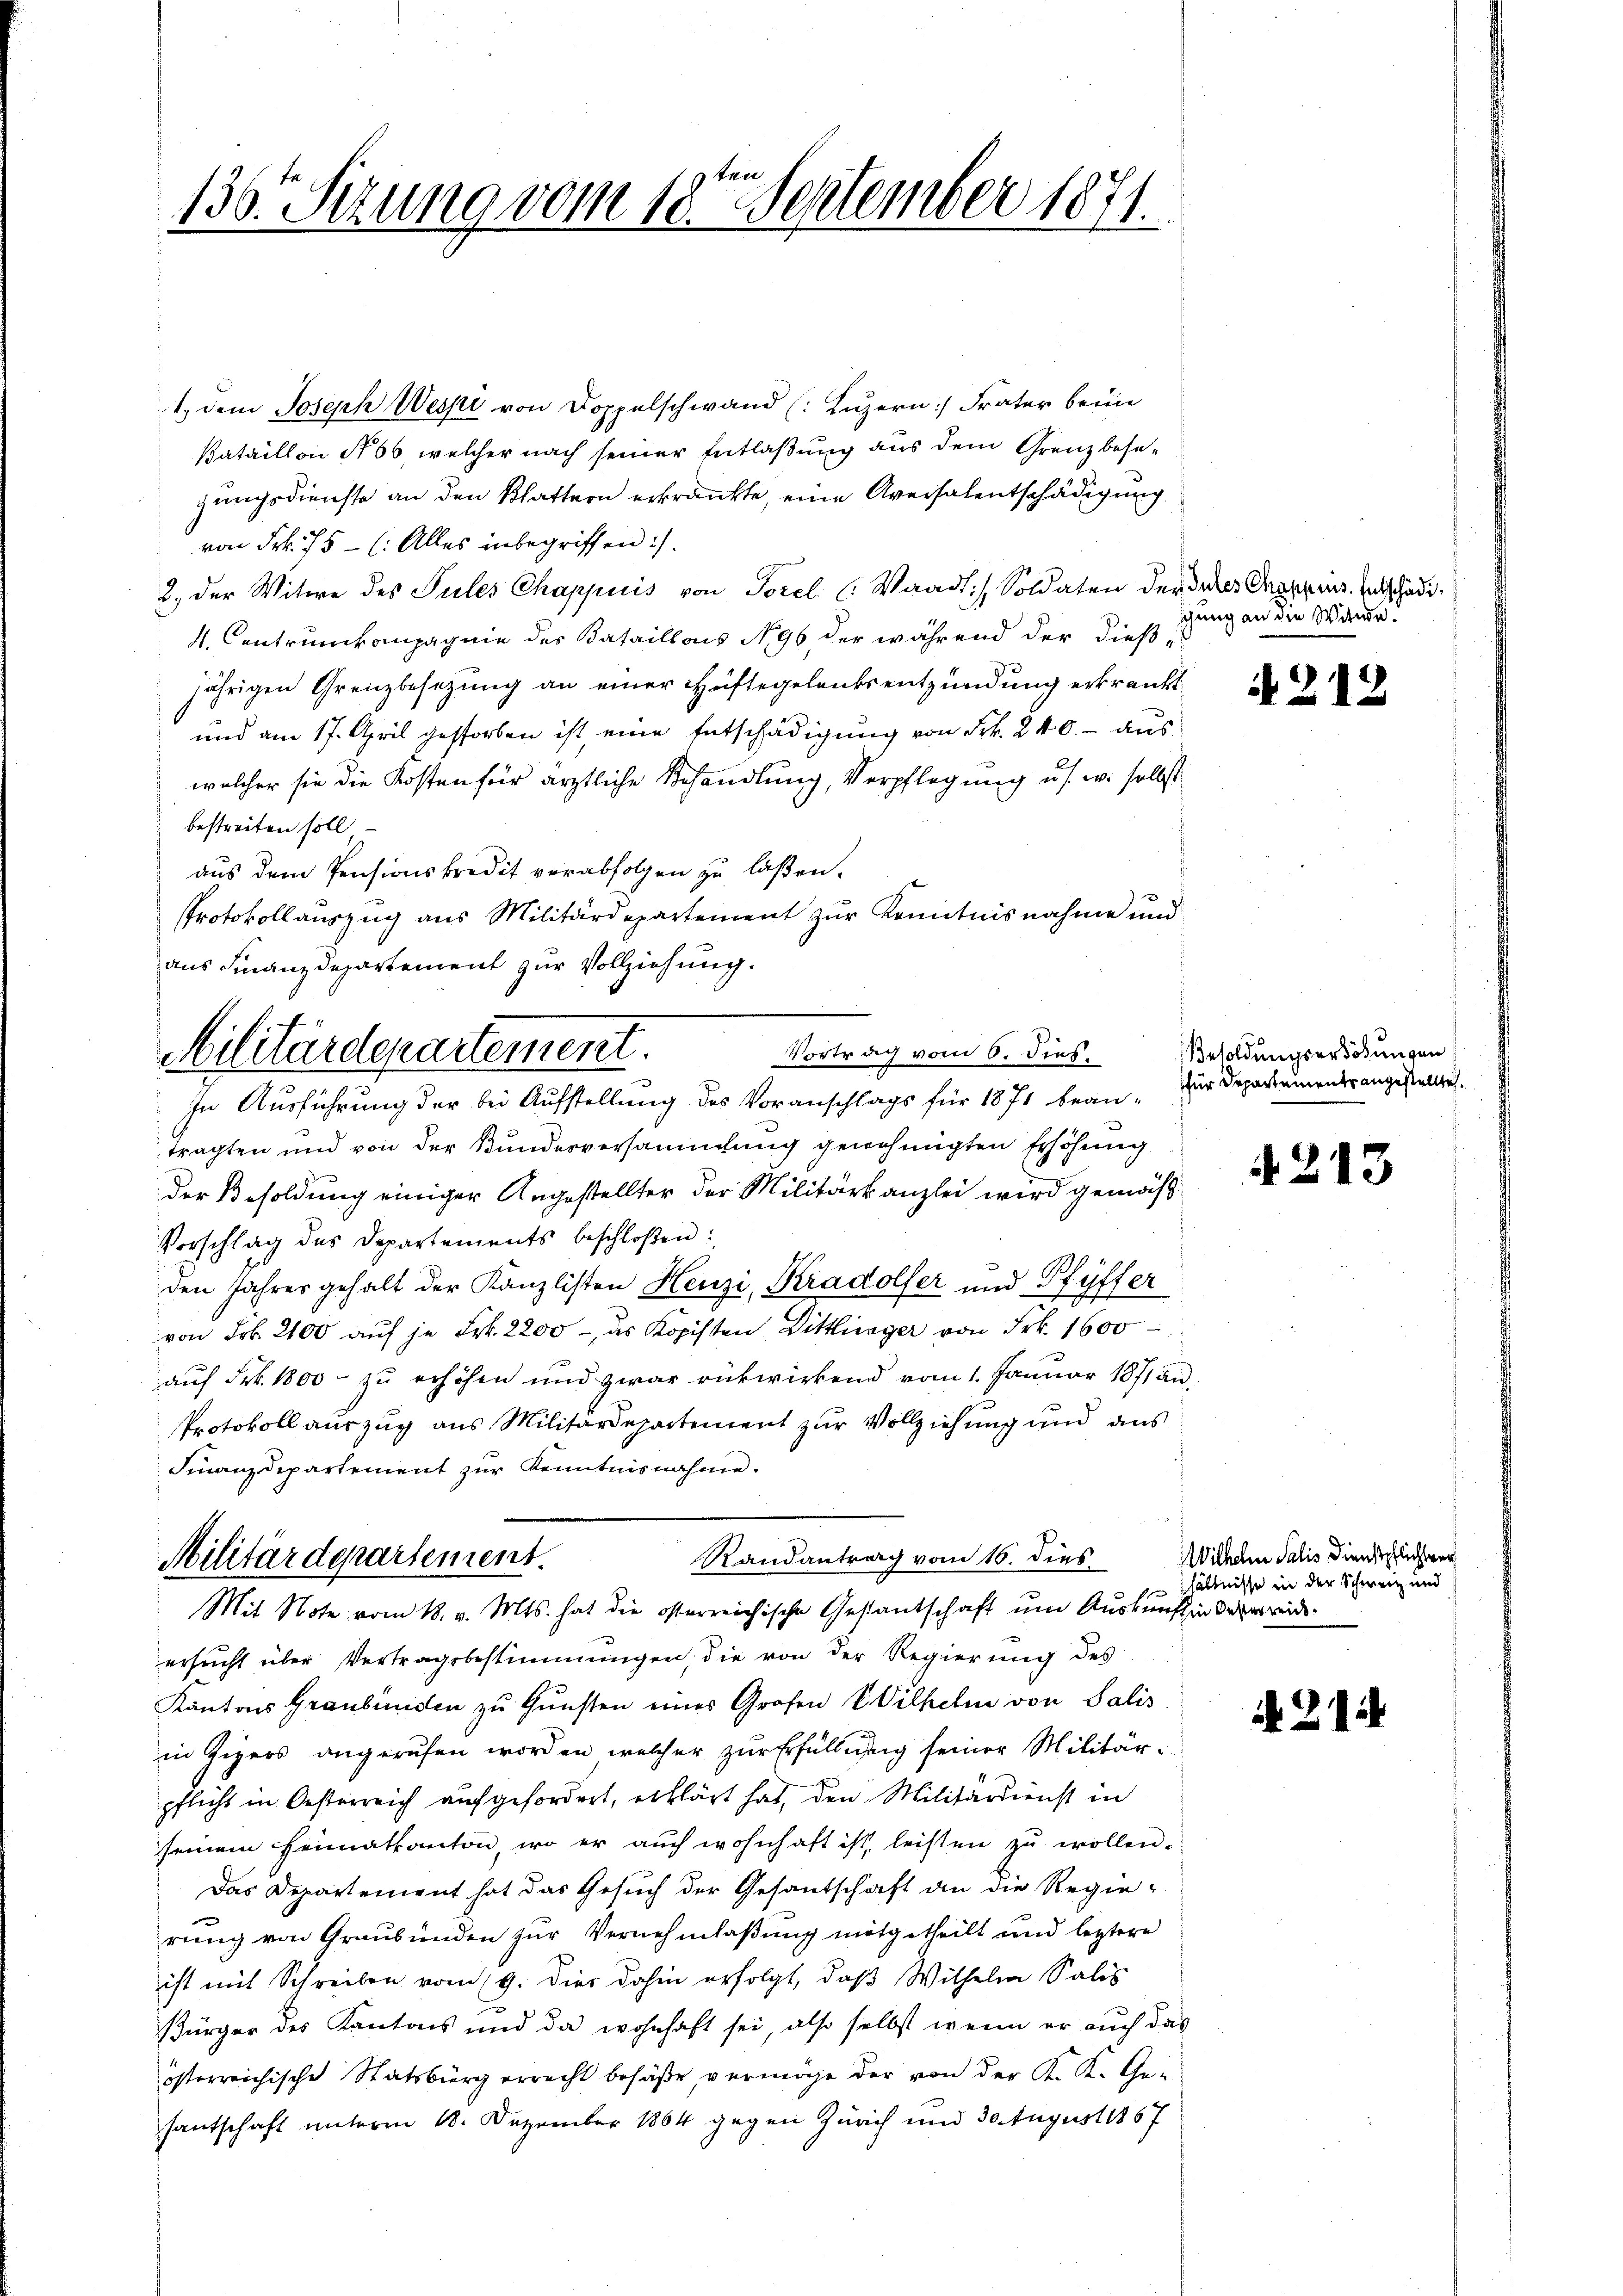
136. Sizung vom 18ten September 1871.

1. dem Joseph Wespi von Doppelschwand (Luzern: Frater beim
Bataillon § 66, welcher nach seiner Entlaßung aus dem Grenzbesezungsdienste an den Blattern erkränkte, eine Aversalentschädigung
von Frk. 75 - (: Alles inbegriffen).
2. der Witwe des Pules Chappuis von Torel ( Waadt: Soldaten der Intes Chappriis Entschädi¬
4. Centrunkompagnie des Bataillons N. 96, der während der dießjährigen Grenzbesetzung an einer Hüftegelentsentzündung erkränkt
und am 17. April gestorben ist, eine Entschädigung von Frk. 240.- aus
welcher sie die Kosten für ärztliche Behandlung, Verpflegung u. s. w. selbst
bestreiten soll
aus dem Pensionskredit verabfolgen zu laßen.
Protokollauszug aus Militärdepartement zur Kenntnisnahme und
aus Finanzdepartement zur Vollziehung.

Vortrag vom 6. dies
Militärdepartement.
In Ausführung der bei Aufstellung des Voranschlags für 1871 bean-

Randantrag vom 16. dies
Militärdepartement.
Mit Note vom 18. v. Mts. hat die österreichische Gestantschaft um Auskunft in Oberreide¬

tragten und von der Bundesversammlung genehmigten Erhöhung
der Besoldung einiger Angestellter der Militärkanzlei wird gemäß¬
Vorschlag des Departements beschloßen:
den Jahres gehalt der Kanzlisten Henzi, Kradolfer und Pfyffer
von Frk. 2100 aŭf je Frk. 2200 - des Kopisten Dittlinger von Frk. 1600
auf Frk. 1800 - zu erhöhen und zwar rükwirkend vom 1. Januar 1871 an,
Protokoll auszug aus Militärdepartement zur Vollziehung und aus
Finanzdepartement zur Kenntnisnahme.

ersucht über Vertragsbestimmungen, die von der Regierung des
Kantons Graubünden zu Gunsten eines Grafen Wilhelm von Salis
in Gigers angerufen worden, welcher zur Erfüllung seiner Militärpflicht in Oesterreich aufgefordert, erklärt hat, den Militärdienst in
seinem Heimatkanton, wo er auch wohnhaft ist, leisten zŭ wollen.
Das Departement hat das Gesuch der Gesantschaft an die Regie-
rung von Graubünden zur Vernehmlaßung mitgetheilt und leztere
ist mit Schreiben vom 19. Dies dahin erfolgt, daβ Wilhelm Salis
Bürger des Kantons und da wohnhaft sei, also selbst wenn er auch das
österreichische Statsbürgerrecht besäße, vermöge der von der K. K. Ge-
santschaft unterm 18. Dezember 1864 gegen Zürich und 30. August 1867

gung an die Witwe.

A 212

Besoldungserhöhungen
für Departements angestellte.

4213

Wilhelm Salis Dienstpflichten
hältnisse in der Schweiz und

. 21.